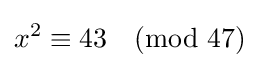
x^{2}\equiv 43{\pmod {47}}